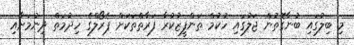
މި ބިލުގައި ބުނާގޮތުން ޖަލުގައި ހުކުމް ތަންފީޒުކުރާ ފަރާތްތަކަށް ޕެރޯލްގެ ހިދުމަތް ދިނުމަށާއި